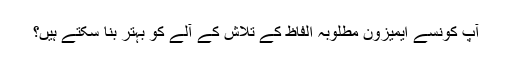
آپ کونسے ایمیزون مطلوبہ الفاظ کے تلاش کے آلے کو بہتر بنا سکتے ہیں؟